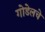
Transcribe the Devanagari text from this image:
गोडेलचे